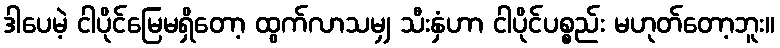
ဒါပေမဲ့ ငါပိုင်မြေမရှိတော့ ထွက်လာသမျှ သီးနှံဟာ ငါပိုင်ပစ္စည်း မဟုတ်တော့ဘူး။